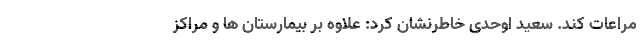
مراعات کند. سعید اوحدی خاطرنشان کرد: علاوه بر بیمارستان ها و مراکز